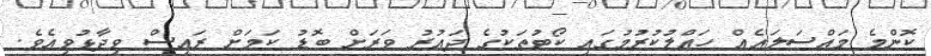
ކޮންމެ މައްސަލައެއް ހައްލުކުރުމުގައި ކޯޓުތަކުގެ ދައުރު ވަރަށް ބޮޑު ކަމަށް ރައީސް ވިދާޅުވިއެވެ.